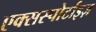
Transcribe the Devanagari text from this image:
एक्सस्पोर्टाइज़